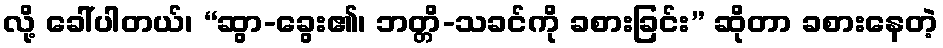
လို့ ခေါ်ပါတယ်၊ “ဆွာ-ခွေး၏၊ ဘတ္တိ-သခင်ကို ခစားခြင်း” ဆိုတာ ခစားနေတဲ့